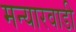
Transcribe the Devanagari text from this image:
मन्यारवाडी